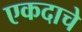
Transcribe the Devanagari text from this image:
एकदाचे